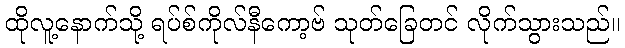
ထိုလူ့နောက်သို့ ရပ်စ်ကိုလ်နီကော့ဗ် သုတ်ခြေတင် လိုက်သွားသည်။